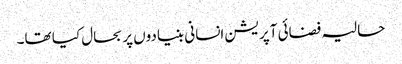
حالیہ فضائی آپریشن انسانی بنیادوں پر بحال کیا تھا۔